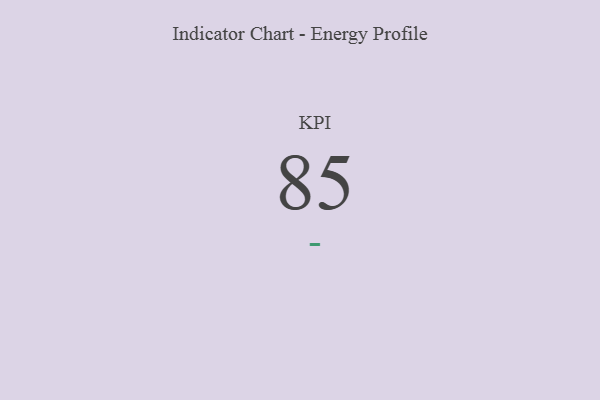
{"axis": {"x": "KPI", "y": "Value"}, "legend": [""], "data": [{"x": "KPI", "y": 85, "type": ""}]}